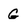
Character: G